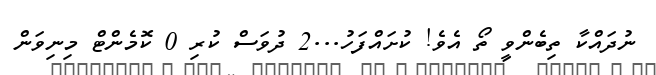
ނުދައްކާ ތިބެންވީ ތޯ އެވެ! ކުށައްފަހު...2 ދުވަސް ކުރި 0 ކޮމެންޓް މިނިވަން